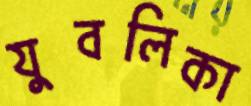
যুবলিকা